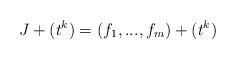
LaTeX: \begin{align*}J+(t^k)=(f_1,...,f_m)+(t^k)\end{align*}